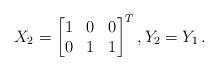
LaTeX: \begin{align*}X_2=\begin{bmatrix}1 &0 & 0 \\0 & 1 &1\end{bmatrix}^T , Y_2= Y_1 \,.\end{align*}